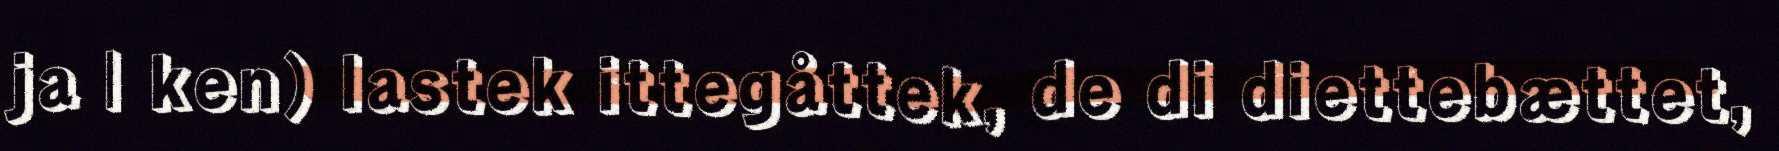
ja | ken) lastek ittegåttek, de di diettebættet,